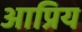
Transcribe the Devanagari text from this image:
आप्रिय